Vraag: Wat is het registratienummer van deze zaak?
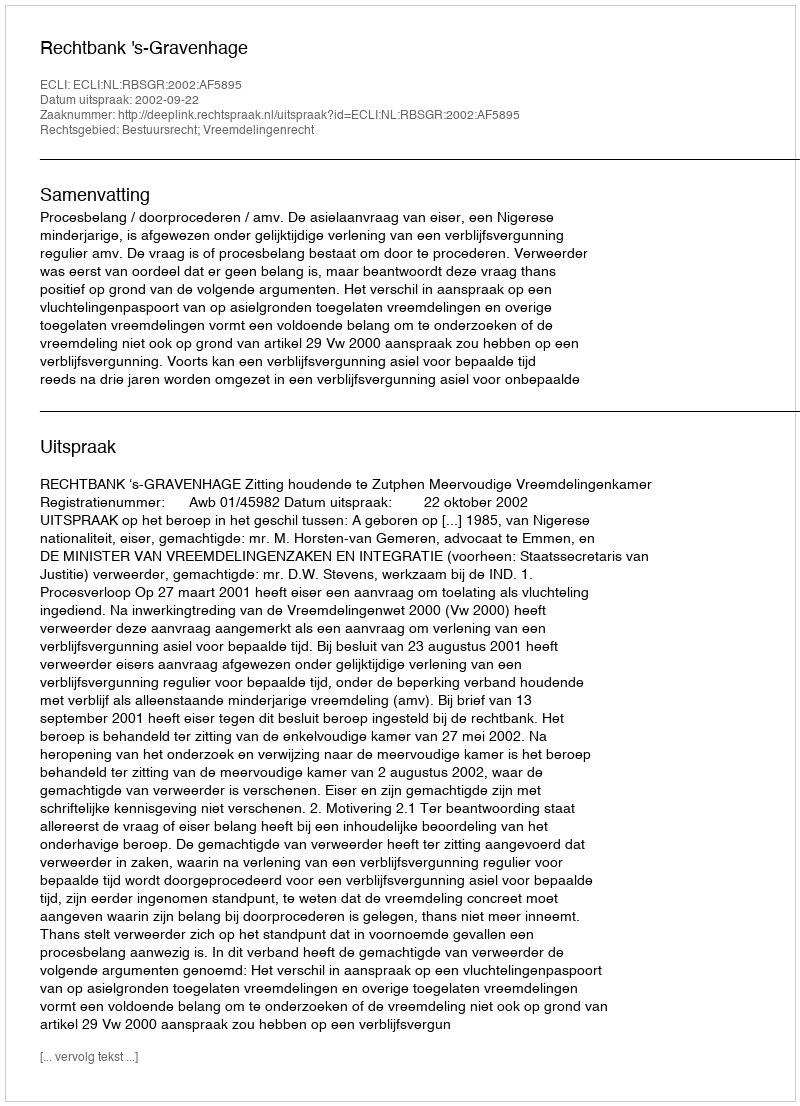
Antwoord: http://deeplink.rechtspraak.nl/uitspraak?id=ECLI:NL:RBSGR:2002:AF5895